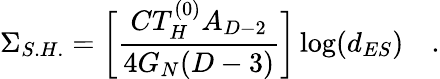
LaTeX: \Sigma_{S.H.}=\biggl[\frac{CT_{H}^{(0)}A_{D-2}}{4G_{N}(D-3)}\biggr]\log(d_{ES})\quad.